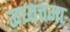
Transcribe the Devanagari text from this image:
मध्यचमा